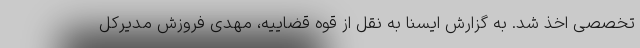
تخصصی اخذ شد. به گزارش ایسنا به نقل از قوه قضاییه، مهدی فروزش مدیرکل